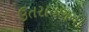
ઉતરાયણની